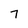
Character: 7